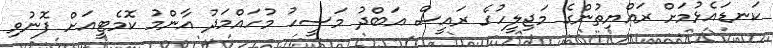
ކަނޑައެޅުމަށް ރައްޔިތުންގެ މަޖިލީހުގެ ރައީސް އަބްދު މަސީހު މުހައްމަދު އާންމު ކޮމެޓީއަށް ފޮނުވި